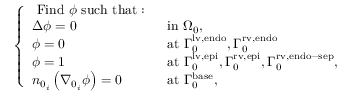
\left\{ \begin{array} { l l } { \mathrm { ~ F i n d ~ } \phi \mathrm { ~ s u c h ~ t h a t : ~ } } & \\ { \Delta \phi = 0 } & { \mathrm { ~ i n ~ } { \Omega } _ { 0 } , } \\ { \phi = 0 } & { \mathrm { ~ a t ~ } { \Gamma } _ { 0 } ^ { \mathrm { { l v , e n d o } } } , { \Gamma } _ { 0 } ^ { \mathrm { r v , e n d o } } } \\ { \phi = 1 } & { \mathrm { ~ a t ~ } { \Gamma } _ { 0 } ^ { \mathrm { { l v , e p i } } } , { \Gamma } _ { 0 } ^ { \mathrm { r v , e p i } } , { \Gamma } _ { 0 } ^ { \mathrm { { r v , e n d o - s e p } } } , } \\ { n _ { 0 _ { i } } \left( \nabla _ { 0 _ { i } } \phi \right) = 0 } & { \mathrm { ~ a t ~ } { \Gamma } _ { 0 } ^ { \mathrm { b a s e } } , } \end{array} \right.